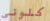
كلوني